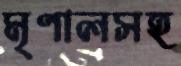
মৃণালসহ